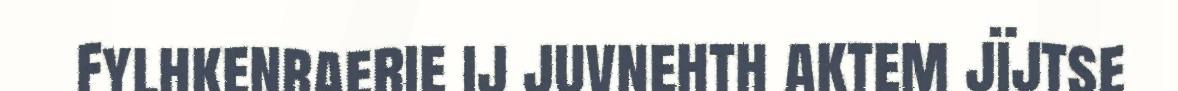
Fylhkenraerie ij juvnehth aktem jïjtse